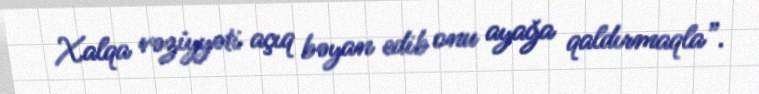
Xalqa vəziyyəti açıq bəyan edib onu ayağa qaldırmaqla”.